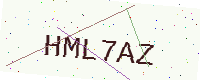
Text: HML7AZ